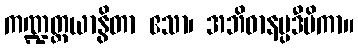
ကဏ္ဍတ္တယာနွိတာ ဧသာ၊ အဘိဓာနပ္ပဒီပိကာ။